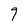
Character: 9